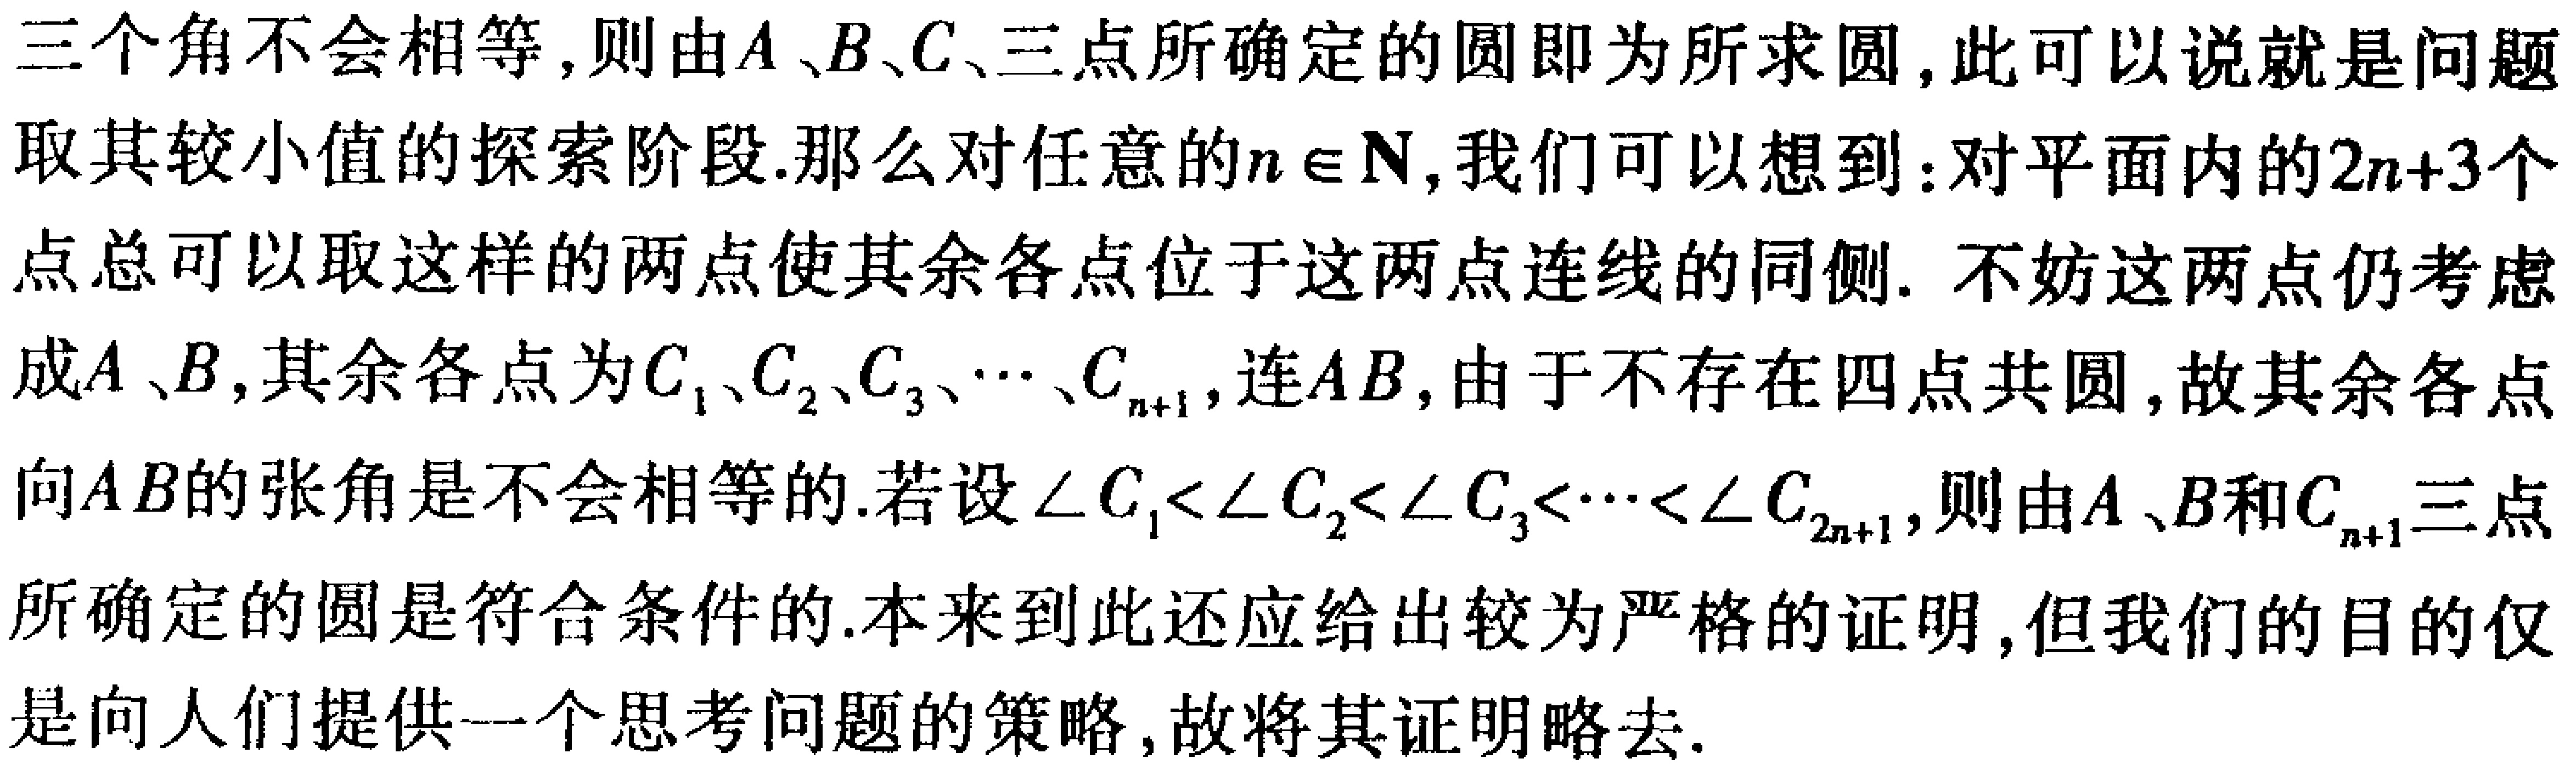
三个角不会相等,则由\(A\)、\(B\)、\(C\)、三点所确定的圆即为所求圆,此可以说就是问题取其较小值的探索阶段.那么对任意的\(n \in \mathbf{N}\),我们可以想到：对平面内的\(2n + 3\)个点总可以取这样的两点使其余各点位于这两点连线的同侧. 不妨这两点仍考虑成\(A\)、\(B\),其余各点为\(C_1\)、\(C_2\)、\(C_3\)、\(\cdots\)、\(C_{n + 1}\),连\(AB\),由于不存在四点共圆,故其余各点向\(AB\)的张角是不会相等的.若设\(\angle C_1<\angle C_2<\angle C_3<\cdots<\angle C_{2n + 1}\),则由\(A\)、\(B\)和\(C_{n + 1}\)三点所确定的圆是符合条件的.本来到此还应给出较为严格的证明,但我们的目的仅是向人们提供一个思考问题的策略,故将其证明略去.